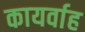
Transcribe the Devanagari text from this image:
कायर्वाह